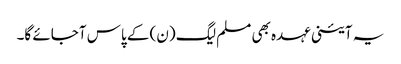
یہ آئینی عہدہ بھی مسلم لیگ (ن) کے پاس آجائے گا۔